Indian Civil Veterinary Department memoirs
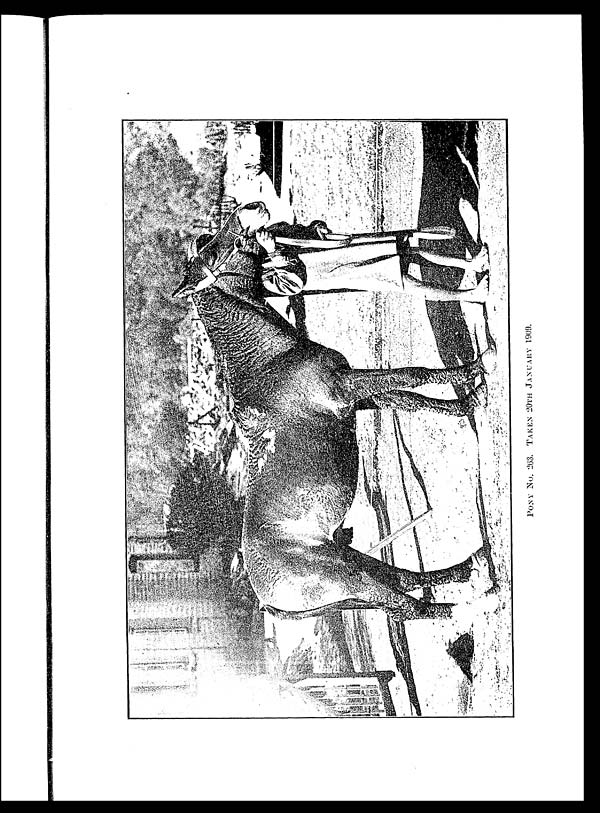
PONY
No. 263. TAKEN 20TH JANUARY 1909.